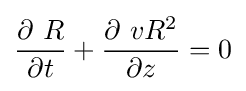
{\frac {\partial \ R}{\partial t}}+{\frac {\partial \ vR^{2}}{\partial z}}=0